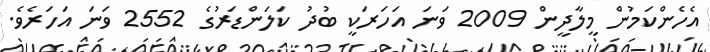
އެހެންކަމުން މީލާދީން 2009 ވަނަ އަހަރަކީ ބުދު ކަލަންޑަރުގެ 2552 ވަނަ އަހަރެވެ.